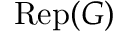
{ \mathrm { R e p } } ( G )